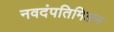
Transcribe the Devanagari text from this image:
नवदंपतिमिलन